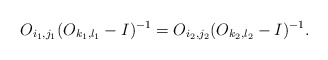
\begin{align*}O_{i_1, j_1}(O_{k_1,l_1}-I)^{-1}=O_{i_2, j_2}(O_{k_2,l_2}-I)^{-1}\mbox{.}\end{align*}